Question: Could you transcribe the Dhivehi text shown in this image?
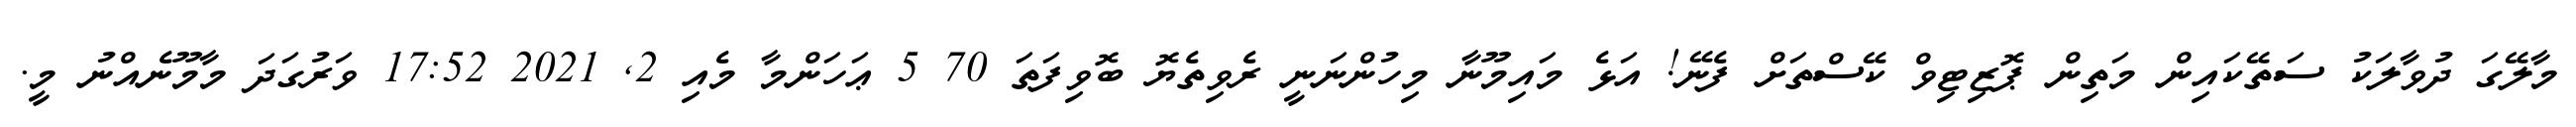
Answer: މާލޭގަ ދުވާލަކު ސަތޭކައިން މަތިން ޕޮޒިޓިވް ކޭސްތަށް ފެނޭ! އަޅެ މައިމޫނާ މިހުންނަނީ ރެވިތެޔޮ ބޮވިފަތަ 70 5 ޢަހަންމާ މެއި 2, 2021 17:52 ވަރުގަދަ މާމޫނެއްނު މީ.